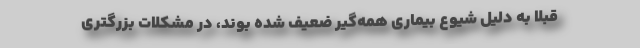
قبلا به دلیل شیوع بیماری همه‌گیر ضعیف شده‌ بوند، در مشکلات بزرگتری